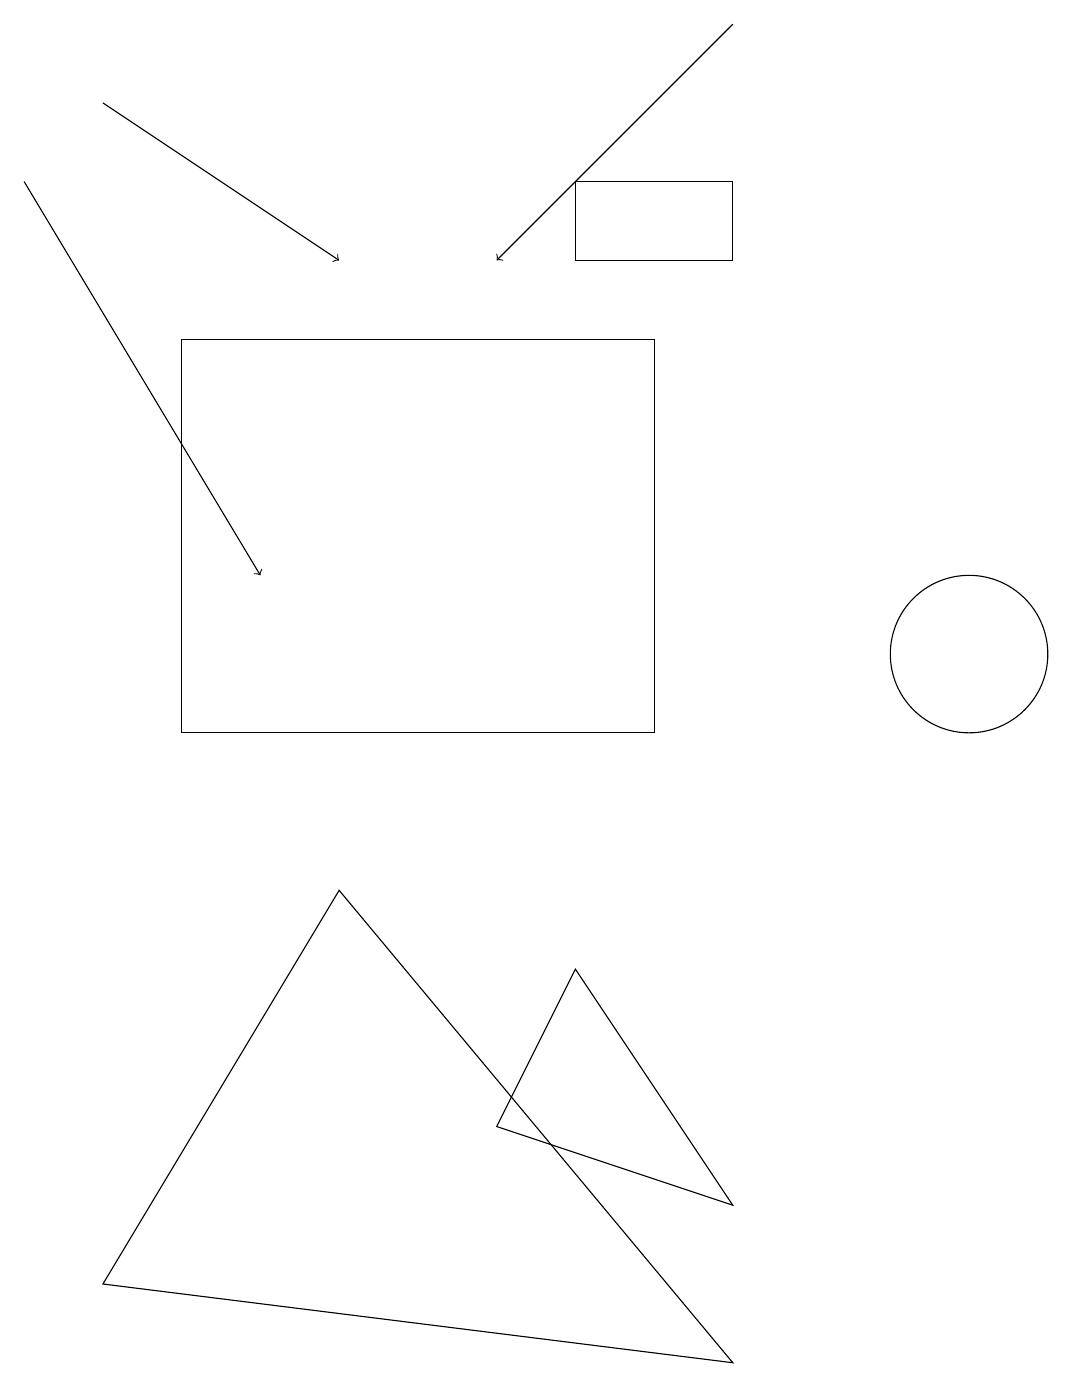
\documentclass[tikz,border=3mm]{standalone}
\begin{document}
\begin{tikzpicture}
\draw[->] (9,19) -- (6,16);
\draw (7,7) -- (6,5) -- (9,4) -- cycle;
\draw (2,15) rectangle (8,10);
\draw[->] (1,18) -- (4,16);
\draw (4,8) -- (9,2) -- (1,3) -- cycle;
\draw (12,11) circle (1);
\draw (7,16) rectangle (9,17);
\draw[->] (0,17) -- (3,12);
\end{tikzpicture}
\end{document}